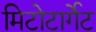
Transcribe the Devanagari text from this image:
मिटोटार्गेट